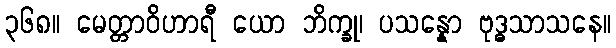
၃၆၈။ မေတ္တာဝိဟာရီ ယော ဘိက္ခု၊ ပသန္နော ဗုဒ္ဓသာသနေ။